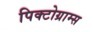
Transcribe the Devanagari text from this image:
पिक्टोग्राम्स